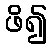
ဖိ၍